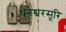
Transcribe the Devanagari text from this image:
धनेश्वरसूरि